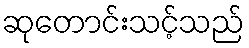
ဆုတောင်းသင့်သည်